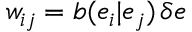
w _ { i j } = b ( e _ { i } | e _ { j } ) \, \delta e